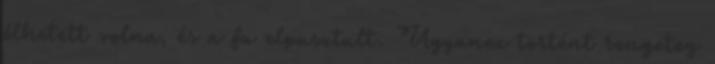
élhetett volna, és a fa elpusztult. Ugyanez történt rengeteg